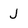
Character: J